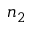
n _ { 2 }